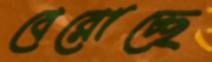
বেরোচ্ছে